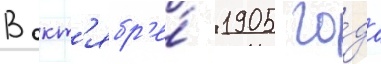
В окт'ябр'е́ 1905 го́да